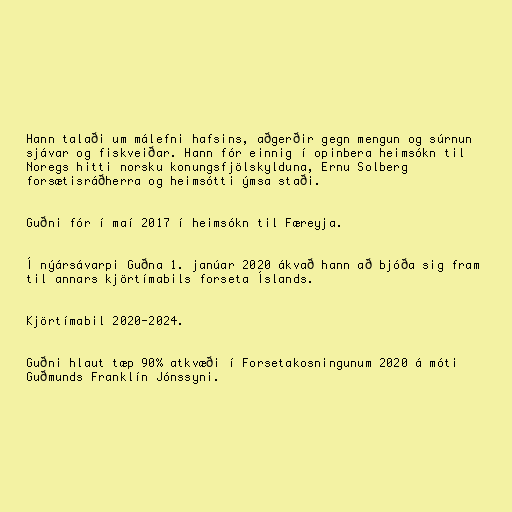
Hann talaði um málefni hafsins, aðgerðir gegn mengun og súrnun
sjávar og fiskveiðar. Hann fór einnig í opinbera heimsókn til
Noregs hitti norsku konungsfjölskylduna, Ernu Solberg
forsætisráðherra og heimsótti ýmsa staði.

Guðni fór í maí 2017 í heimsókn til Færeyja.

Í nýársávarpi Guðna 1. janúar 2020 ákvað hann að bjóða sig fram
til annars kjörtímabils forseta Íslands.

Kjörtímabil 2020-2024.

Guðni hlaut tæp 90% atkvæði í Forsetakosningunum 2020 á móti
Guðmunds Franklín Jónssyni.